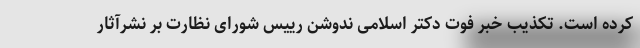
کرده است. تکذیب خبر فوت دکتر اسلامی ندوشن رییس شورای نظارت بر نشرآثار